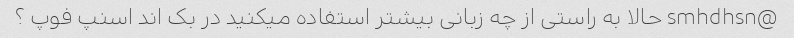
@smhdhsn حالا به راستی از چه زبانی بیشتر استفاده میکنید در بک اند اسنپ فوپ ؟